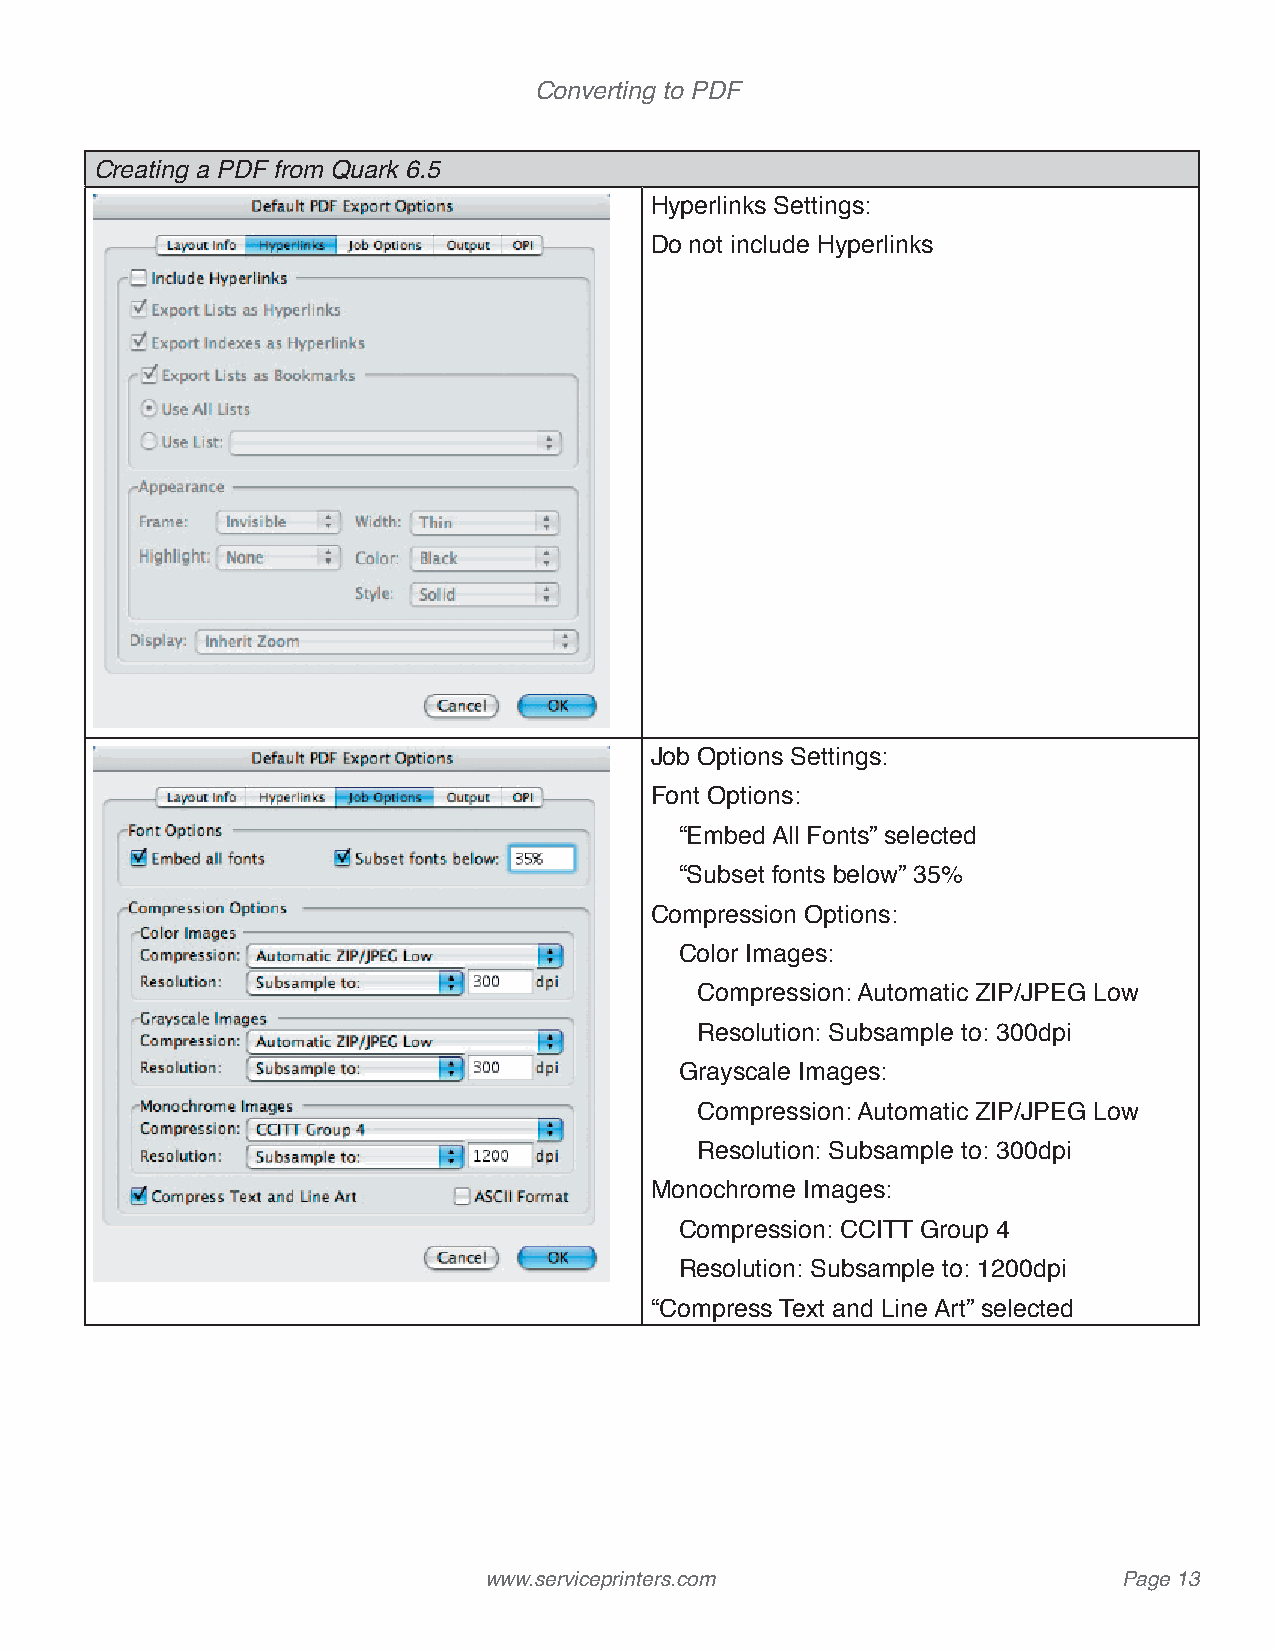
Converting to PDF
 Creating a PDF from Quark 6.5
 Hyperlinks Settings:
 Do not include Hyperlinks
 Job Options Settings:
 Font Options:
 “Embed All Fonts” selected
 “Subset fonts below” 35%
 Compression Options:
 Color Images:
 Compression: Automatic ZIP/JPEG Low
 Resolution: Subsample to: 300dpi
 Grayscale Images:
 Compression: Automatic ZIP/JPEG Low
 Resolution: Subsample to: 300dpi
 Monochrome Images:
 Compression: CCITT Group 4
 Resolution: Subsample to: 1200dpi
 “Compress Text and Line Art” selected
 www.serviceprinters.com                   Page 13